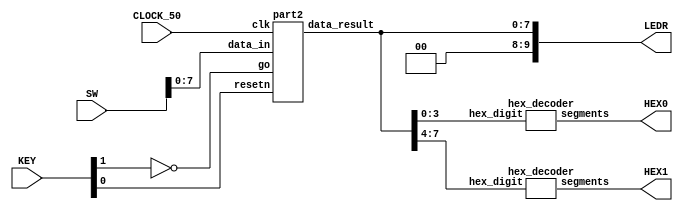
//Sw[7:0] data_in

//KEY[0] synchronous reset when pressed
//KEY[1] go signal

//LEDR displays result
//HEX0 & HEX1 also displays result

module poly_function(SW, KEY, CLOCK_50, LEDR, HEX0, HEX1);
    input [9:0] SW;
    input [3:0] KEY;
    input CLOCK_50;
    output [9:0] LEDR;
    output [6:0] HEX0, HEX1;

    wire resetn;
    wire go;

    wire [7:0] data_result;
    assign go = ~KEY[1];
    assign resetn = KEY[0];

    part2 u0(
        .clk(CLOCK_50),
        .resetn(resetn),
        .go(go),
        .data_in(SW[7:0]),
        .data_result(data_result)
    );
      
    assign LEDR[9:0] = {2'b00, data_result};

    hex_decoder H0(
        .hex_digit(data_result[3:0]), 
        .segments(HEX0)
        );
        
    hex_decoder H1(
        .hex_digit(data_result[7:4]), 
        .segments(HEX1)
        );

endmodule

module part2(
    input clk,
    input resetn,
    input go,
    input [7:0] data_in,
    output [7:0] data_result
    );

    // lots of wires to connect our datapath and control
    wire ld_a, ld_b, ld_c, ld_x, ld_r;
    wire ld_alu_out;
    wire [1:0]  alu_select_a, alu_select_b;
    wire alu_op;

    control C0(
        .clk(clk),
        .resetn(resetn),
        
        .go(go),
        
        .ld_alu_out(ld_alu_out), 
        .ld_x(ld_x),
        .ld_a(ld_a),
        .ld_b(ld_b),
        .ld_c(ld_c), 
        .ld_r(ld_r), 
        
        .alu_select_a(alu_select_a),
        .alu_select_b(alu_select_b),
        .alu_op(alu_op)
    );

    datapath D0(
        .clk(clk),
        .resetn(resetn),

        .ld_alu_out(ld_alu_out), 
        .ld_x(ld_x),
        .ld_a(ld_a),
        .ld_b(ld_b),
        .ld_c(ld_c), 
        .ld_r(ld_r), 

        .alu_select_a(alu_select_a),
        .alu_select_b(alu_select_b),
        .alu_op(alu_op),

        .data_in(data_in),
        .data_result(data_result)
    );
                
 endmodule        
                

module control(
    input clk,
    input resetn,
    input go,

    output reg  ld_a, ld_b, ld_c, ld_x, ld_r,
    output reg  ld_alu_out,
    output reg [1:0]  alu_select_a, alu_select_b,
    output reg alu_op
    );

    reg [3:0] current_state, next_state; 
    
    localparam  S_LOAD_A        = 4'd0,
                S_LOAD_A_WAIT   = 4'd1,
                S_LOAD_B        = 4'd2,
                S_LOAD_B_WAIT   = 4'd3,
                S_LOAD_C        = 4'd4,
                S_LOAD_C_WAIT   = 4'd5,
                S_LOAD_X        = 4'd6,
                S_LOAD_X_WAIT   = 4'd7,
                S_CYCLE_0       = 4'd8,
                S_CYCLE_1       = 4'd9,
                S_CYCLE_2       = 4'd10,
                S_CYCLE_3       = 4'd11,
                S_CYCLE_4       = 4'd12,
                S_CYCLE_5       = 4'd13,
                S_CYCLE_6       = 4'd14,
                S_CYCLE_7       = 4'd15;

    localparam  R_X             = 2'b11,
                R_C             = 2'b10,
                R_B             = 2'b01,
                R_A             = 2'b00;

    
    // Next state logic aka our state table
    always@(*)
    begin: state_table 
            case (current_state)
                S_LOAD_A: next_state = go ? S_LOAD_A_WAIT : S_LOAD_A; // Loop in current state until value is input
                S_LOAD_A_WAIT: next_state = go ? S_LOAD_A_WAIT : S_LOAD_B; // Loop in current state until go signal goes low
                S_LOAD_B: next_state = go ? S_LOAD_B_WAIT : S_LOAD_B; // Loop in current state until value is input
                S_LOAD_B_WAIT: next_state = go ? S_LOAD_B_WAIT : S_LOAD_C; // Loop in current state until go signal goes low
                S_LOAD_C: next_state = go ? S_LOAD_C_WAIT : S_LOAD_C; // Loop in current state until value is input
                S_LOAD_C_WAIT: next_state = go ? S_LOAD_C_WAIT : S_LOAD_X; // Loop in current state until go signal goes low
                S_LOAD_X: next_state = go ? S_LOAD_X_WAIT : S_LOAD_X; // Loop in current state until value is input
                S_LOAD_X_WAIT: next_state = go ? S_LOAD_X_WAIT : S_CYCLE_0; // Loop in current state until go signal goes low
                S_CYCLE_0: next_state = S_CYCLE_1;
                S_CYCLE_1: next_state = S_CYCLE_2;
                S_CYCLE_2: next_state = S_CYCLE_3;
                S_CYCLE_3: next_state = S_CYCLE_4;
                S_CYCLE_4: next_state = S_LOAD_A;
            default:       next_state = S_LOAD_A;
        endcase
    end // state_table
   

    // Output logic aka all of our datapath control signals
    always @(*)
    begin: enable_signals
        // By default make all our signals 0
        ld_alu_out = 1'b0;
        ld_a = 1'b0;
        ld_b = 1'b0;
        ld_c = 1'b0;
        ld_x = 1'b0;
        ld_r = 1'b0;
        alu_select_a = 2'b00;
        alu_select_b = 2'b00;
        alu_op       = 1'b0;

        case (current_state)
            S_LOAD_A: begin
                ld_a = 1'b1;
                end
            S_LOAD_B: begin
                ld_b = 1'b1;
                end
            S_LOAD_C: begin
                ld_c = 1'b1;
                end
            S_LOAD_X: begin
                ld_x = 1'b1;
                end
            S_CYCLE_0: begin
                // mul rx,rb rb
                ld_alu_out = 1'b1; ld_b = 1'b1;
                alu_select_a = R_X; // Select register A
                alu_select_b = R_B; // Also select register A
                alu_op = 1'b1; // Do multiply operation
            end
            S_CYCLE_1: begin
                // add rb,ra ra
                ld_alu_out = 1'b1; ld_a = 1'b1;
                alu_select_a = R_B; // Select register A
                alu_select_b = R_A; // Select register C
                alu_op = 1'b0; // Do Add operation
            end
            S_CYCLE_2: begin
                // mul rx,rx rb
                ld_alu_out = 1'b1; ld_b = 1'b1; 
                alu_select_a = R_X; 
                alu_select_b = R_X; 
                alu_op = 1'b1; 
            end          
            S_CYCLE_3: begin
                // mul rc,rb rb
                ld_alu_out = 1'b1; ld_b = 1'b1; 
                alu_select_a = R_C; 
                alu_select_b = R_B; 
                alu_op = 1'b1; 
            end
            S_CYCLE_4: begin
                // add ra,rb rr
                ld_r = 1'b1; 
                alu_select_a = R_A; 
                alu_select_b = R_B; 
                alu_op = 1'b0;
            end
        // default:    // don't need default since we already made sure all of our outputs were assigned a value at the start of the always block
        endcase
    end // enable_signals
   
    // current_state registers
    always@(posedge clk)
    begin: state_FFs
        if(!resetn)
            current_state <= S_LOAD_A;
        else
            current_state <= next_state;
    end // state_FFS
endmodule

module datapath(
    input clk,
    input resetn,
    input [7:0] data_in,
    input ld_alu_out, 
    input ld_x, ld_a, ld_b, ld_c,
    input ld_r,
    input alu_op, 
    input [1:0] alu_select_a, alu_select_b,
    output reg [7:0] data_result
    );
    
    // input registers
    reg [7:0] a, b, c, x;

    // output of the alu
    reg [7:0] alu_out;
    // alu input muxes
    reg [7:0] alu_a, alu_b;
    
    // Registers a, b, c, x with respective input logic
    always @ (posedge clk) begin
        if (!resetn) begin
            a <= 8'd0; 
            b <= 8'd0; 
            c <= 8'd0; 
            x <= 8'd0; 
        end
        else begin
            if (ld_a)
                a <= ld_alu_out ? alu_out : data_in; // load alu_out if load_alu_out signal is high, otherwise load from data_in
            if (ld_b)
                b <= ld_alu_out ? alu_out : data_in; // load alu_out if load_alu_out signal is high, otherwise load from data_in
            if (ld_x)
                x <= data_in;

            if (ld_c)
                c <= data_in;
        end
    end
 
    // Output result register
    always @ (posedge clk) begin
        if (!resetn) begin
            data_result <= 8'd0; 
        end
        else 
            if(ld_r)
                data_result <= alu_out;
    end

    // The ALU input multiplexers
    always @(*)
    begin
        case (alu_select_a)
            2'd0:
                alu_a = a;
            2'd1:
                alu_a = b;
            2'd2:
                alu_a = c;
            2'd3:
                alu_a = x;
            default: alu_a = 8'd0;
        endcase

        case (alu_select_b)
            2'd0:
                alu_b = a;
            2'd1:
                alu_b = b;
            2'd2:
                alu_b = c;
            2'd3:
                alu_b = x;
            default: alu_b = 8'd0;
        endcase
    end

    // The ALU 
    always @(*)
    begin : ALU
        // alu
        case (alu_op)
            0: begin
                   alu_out = alu_a + alu_b; //performs addition
               end
            1: begin
                   alu_out = alu_a * alu_b; //performs multiplication
               end
            default: alu_out = 8'd0;
        endcase
    end
    
endmodule


module hex_decoder(hex_digit, segments);
    input [3:0] hex_digit;
    output reg [6:0] segments;
   
    always @(*)
        case (hex_digit)
            4'h0: segments = 7'b100_0000;
            4'h1: segments = 7'b111_1001;
            4'h2: segments = 7'b010_0100;
            4'h3: segments = 7'b011_0000;
            4'h4: segments = 7'b001_1001;
            4'h5: segments = 7'b001_0010;
            4'h6: segments = 7'b000_0010;
            4'h7: segments = 7'b111_1000;
            4'h8: segments = 7'b000_0000;
            4'h9: segments = 7'b001_1000;
            4'hA: segments = 7'b000_1000;
            4'hB: segments = 7'b000_0011;
            4'hC: segments = 7'b100_0110;
            4'hD: segments = 7'b010_0001;
            4'hE: segments = 7'b000_0110;
            4'hF: segments = 7'b000_1110;   
            default: segments = 7'h7f;
        endcase
endmodule